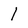
Character: I